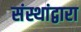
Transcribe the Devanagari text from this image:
संस्थांद्वारा